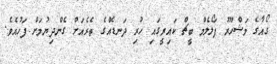
ގޯއާގެ މަޝްހޫރު ޕަލޯލެމް ބީޗް ކައިރީގައި ހުރި ދަނޑެއްގެ ތެރެއަށް ގެންދިޔުމަށް ފަހުއެވެ.